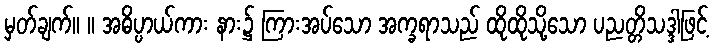
မှတ်ချက်။ ။ အဓိပ္ပာယ်ကား နား၌ ကြားအပ်သော အက္ခရာသည် ထိုထိုသို့သော ပညတ္တိသဒ္ဒါဖြင့်